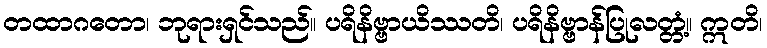
တထာဂတော၊ ဘုရားရှင်သည်။ ပရိနိဗ္ဗာယိဿတိ၊ ပရိနိဗ္ဗာန်ပြုလတ္တံ့။ ဣတိ၊